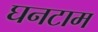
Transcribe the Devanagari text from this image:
घनटाम